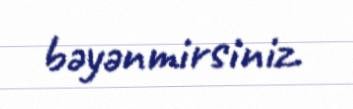
bəyənmirsiniz.